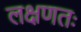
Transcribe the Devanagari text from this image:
लक्षणतः